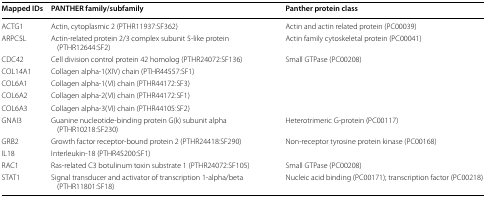
<table><thead><tr><td><b>Mapped IDs</b></td><td><b>PANTHER family/subfamily</b></td><td><b>Panther protein class</b></td></tr></thead><tbody><tr><td>ACTG1</td><td>Actin, cytoplasmic 2 (PTHR11937:SF362)</td><td>Actin and actin related protein (PC00039)</td></tr><tr><td>ARPC5L</td><td>Actin-related protein 2/3 complex subunit 5-like protein (PTHR12644:SF2)</td><td>Actin family cytoskeletal protein (PC00041)</td></tr><tr><td>CDC42</td><td>Cell division control protein 42 homolog (PTHR24072:SF136)</td><td>Small GTPase (PC00208)</td></tr><tr><td>COL14A1</td><td>Collagen alpha-1(XIV) chain (PTHR44557:SF1)</td><td></td></tr><tr><td>COL6A1</td><td>Collagen alpha-1(VI) chain (PTHR44172:SF3)</td><td></td></tr><tr><td>COL6A2</td><td>Collagen alpha-2(VI) chain (PTHR44172:SF1)</td><td></td></tr><tr><td>COL6A3</td><td>Collagen alpha-3(VI) chain (PTHR44105:SF2)</td><td></td></tr><tr><td>GNAI3</td><td>Guanine nucleotide-binding protein G(k) subunit alpha (PTHR10218:SF230)</td><td>Heterotrimeric G-protein (PC00117)</td></tr><tr><td>GRB2</td><td>Growth factor receptor-bound protein 2 (PTHR24418:SF290)</td><td>Non-receptor tyrosine protein kinase (PC00168)</td></tr><tr><td>IL18</td><td>Interleukin-18 (PTHR45200:SF1)</td><td></td></tr><tr><td>RAC1</td><td>Ras-related C3 botulinum toxin substrate 1 (PTHR24072:SF105)</td><td>Small GTPase (PC00208)</td></tr><tr><td>STAT1</td><td>Signal transducer and activator of transcription 1-alpha/beta (PTHR11801:SF18)</td><td>Nucleic acid binding (PC00171); transcription factor (PC00218)</td></tr></tbody></table>